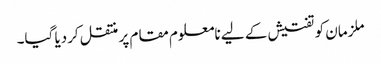
ملزمان کو تفتیش کے لیے نامعلوم مقام پر منتقل کردیا گیا۔